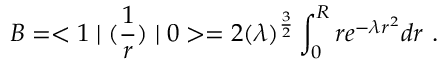
{ \cal B } = < 1 \mid ( { \frac { 1 } { r } } ) \mid 0 > = 2 ( \lambda ) ^ { { \frac { 3 } { 2 } } } \int _ { 0 } ^ { R } r e ^ { - \lambda r ^ { 2 } } d r ~ .